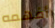
أفهمه